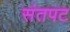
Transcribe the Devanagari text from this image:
संतपट